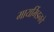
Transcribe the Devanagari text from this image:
मायर्मिडनचे